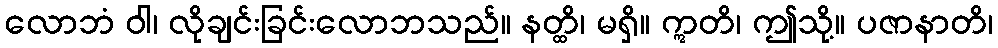
လောဘံ ဝါ၊ လိုချင်းခြင်းလောဘသည်။ နတ္ထိ၊ မရှိ။ ဣတိ၊ ဤသို့။ ပဇာနာတိ၊